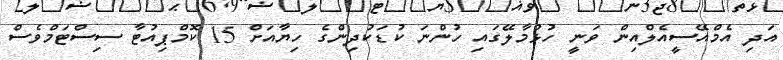
އަދި އެމްއޭސީއެލްއިން ވަނީ ހުޅުމާލޭގައި ހުންނަ ކުޑަކުދިންގެ ހިޔާއަށް 15 ކޮމްޕިއުޓާ ސިސްޓަމްވެސް